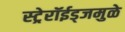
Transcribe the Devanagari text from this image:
स्ट्रेरॉईड्जमुळे